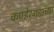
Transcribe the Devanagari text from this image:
कण्हेरगडाच्या